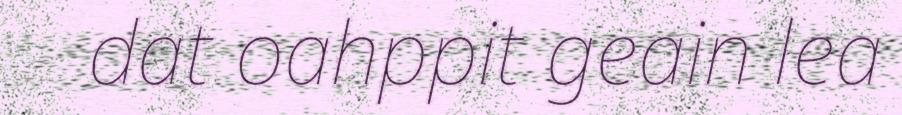
dat oahppit geain lea